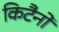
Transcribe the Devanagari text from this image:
किटैनो